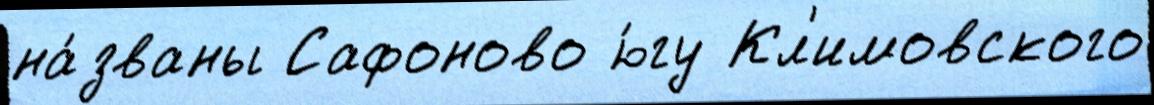
на́званы Сафоново ю́гу Кл'имовского